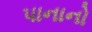
પાનાનો